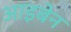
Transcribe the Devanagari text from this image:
आइबेन